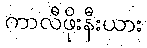
ကာလီဖိုးနီးယား